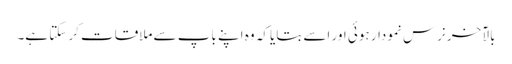
بالآخر نرس نمودار ہوئی اور اسے بتایا کہ وہ اپنے باپ سے ملاقات کر سکتا ہے۔